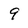
Character: 9